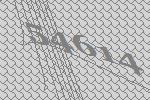
54614